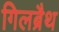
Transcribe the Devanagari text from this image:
गिलब्रैथ